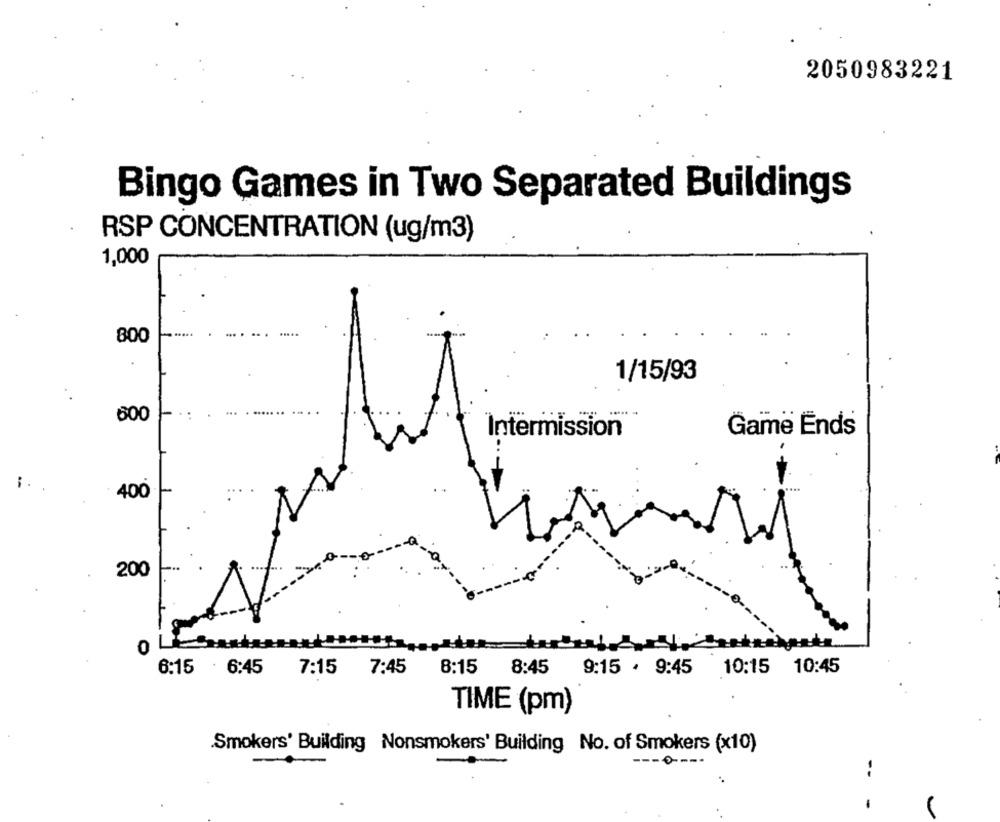
2050983221
Bingo Games in Two Separated Buildings
RSP CONCENTRATION (ug/m3)
1,000
800
1/15/93
600
Intermission
Game Ends
400
200
0
6:15 . 6:45
7:15
7:45
8:15
8:45 9:15 . 9:45 10:15 10:45
TIME (pm)
Smokers' Building Nonsmokers' Building No. of Smokers (x10)
---